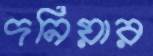
দনিয়ার